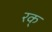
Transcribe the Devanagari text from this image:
रक्